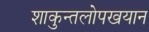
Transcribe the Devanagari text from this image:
शाकुन्तलोपखयान